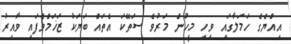
އިއްޔެގެ ހަމަލާގައި ވިހި މީހުން މަރުވެ ސަތޭކަ އެތައް ބަޔަކު ޒަޚަމްވެފައި ވާއިރު